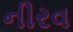
નીરવ